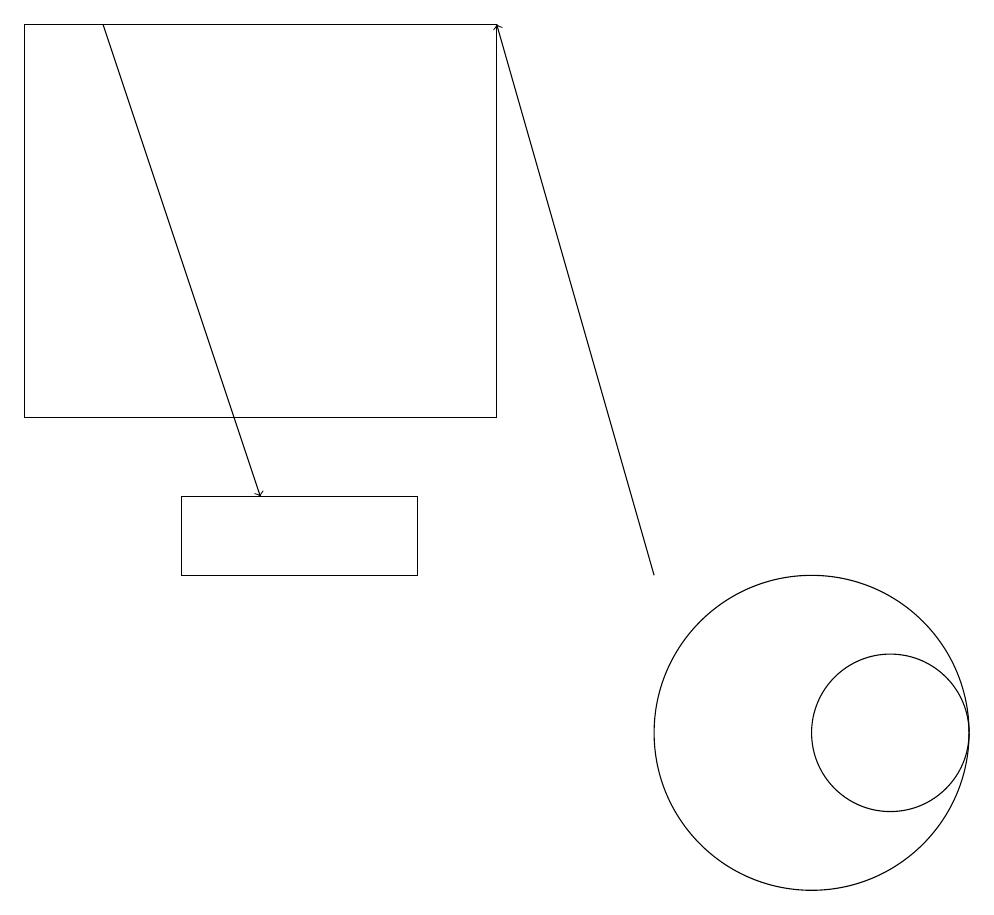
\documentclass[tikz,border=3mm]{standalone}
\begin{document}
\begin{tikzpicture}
\draw (11,10) circle (1);
\draw (2,13) rectangle (5,12);
\draw (6,19) rectangle (0,14);
\draw (10,10) circle (0);
\draw[->] (8,12) -- (6,19);
\draw[->] (1,19) -- (3,13);
\draw (10,10) circle (2);
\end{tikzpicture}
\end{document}